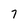
Character: 7